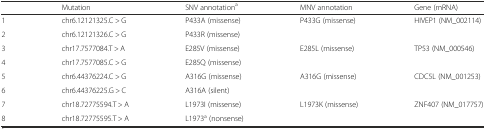
<table><thead><tr><td></td><td><b>Mutation</b></td><td><b>SNV annotation<sup>a</sup></b></td><td><b>MNV annotation</b></td><td><b>Gene (mRNA)</b></td></tr></thead><tbody><tr><td>1</td><td>chr6.12121325.C &gt; G</td><td>P433A (missense)</td><td rowspan="2">P433G (missense)</td><td rowspan="2">HIVEP1 (NM_002114)</td></tr><tr><td>2</td><td>chr6.12121326.C &gt; G</td><td>P433R (missense)</td></tr><tr><td>3</td><td>chr17.7577084.T &gt; A</td><td>E285V (missense)</td><td rowspan="2">E285L (missense)</td><td rowspan="2">TP53 (NM_000546)</td></tr><tr><td>4</td><td>chr17.7577085.C &gt; G</td><td>E285Q (missense)</td></tr><tr><td>5</td><td>chr6.44376224.C &gt; G</td><td>A316G (missense)</td><td rowspan="2">A316G (missense)</td><td rowspan="2">CDC5L (NM_001253)</td></tr><tr><td>6</td><td>chr6.44376225.G &gt; C</td><td>A316A (silent)</td></tr><tr><td>7</td><td>chr18.72775594.T &gt; A</td><td>L1973I (missense)</td><td rowspan="2">L1973K (missense)</td><td rowspan="2">ZNF407 (NM_017757)</td></tr><tr><td>8</td><td>chr18.72775595.T &gt; A</td><td>L1973<sup>a</sup> (nonsense)</td></tr></tbody></table>